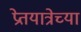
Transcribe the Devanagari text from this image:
प्रेतयात्रेच्या